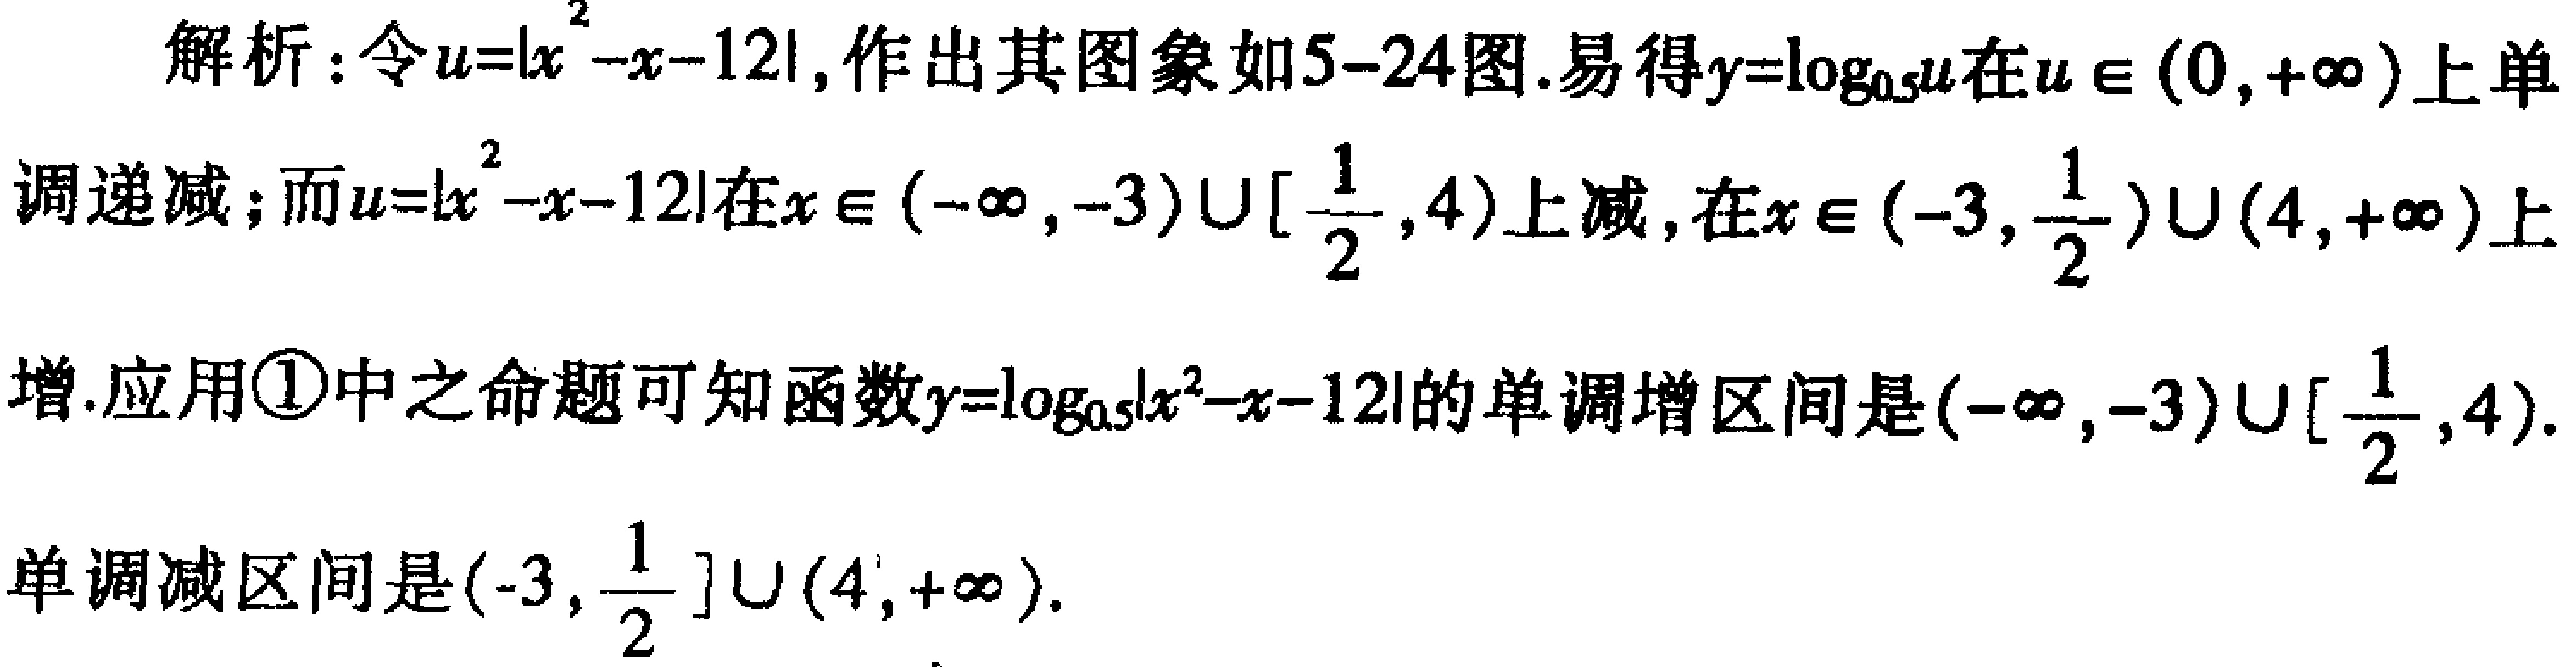
解析：令\(u = |x^{2}-x - 12|\)，作出其图象如5 - 24图. 易得\(y=\log_{0.5}u\)在\(u\in(0,+\infty)\)上单调递减；而\(u = |x^{2}-x - 12|\)在\(x\in(-\infty,-3)\cup[\frac{1}{2},4)\)上减，在\(x\in(-3,\frac{1}{2})\cup(4,+\infty)\)上增. 应用\textcircled{1}中之命题可知函数\(y=\log_{0.5}|x^{2}-x - 12|\)的单调增区间是\((-\infty,-3)\cup[\frac{1}{2},4)\). 单调减区间是\((-3,\frac{1}{2}]\cup(4,+\infty)\).